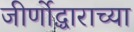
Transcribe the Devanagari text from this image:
जीर्णोद्धाराच्या